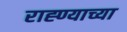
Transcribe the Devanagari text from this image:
राह्ण्याच्या